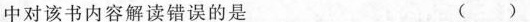
中对该书内容解读错误的是 ()